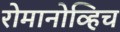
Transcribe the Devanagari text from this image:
रोमानोव्हिच